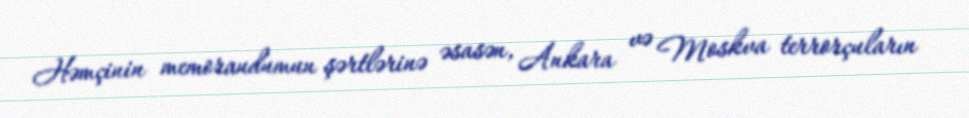
Həmçinin memorandumun şərtlərinə əsasən, Ankara və Moskva terrorçuların